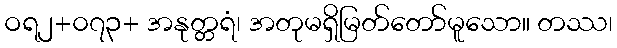
ဝရ၂+၀၇၃+ အနုတ္တရံ၊ အတုမရှိမြတ်တော်မူသော။ တဿ၊